Trukikaitis_Postimees, lk 75
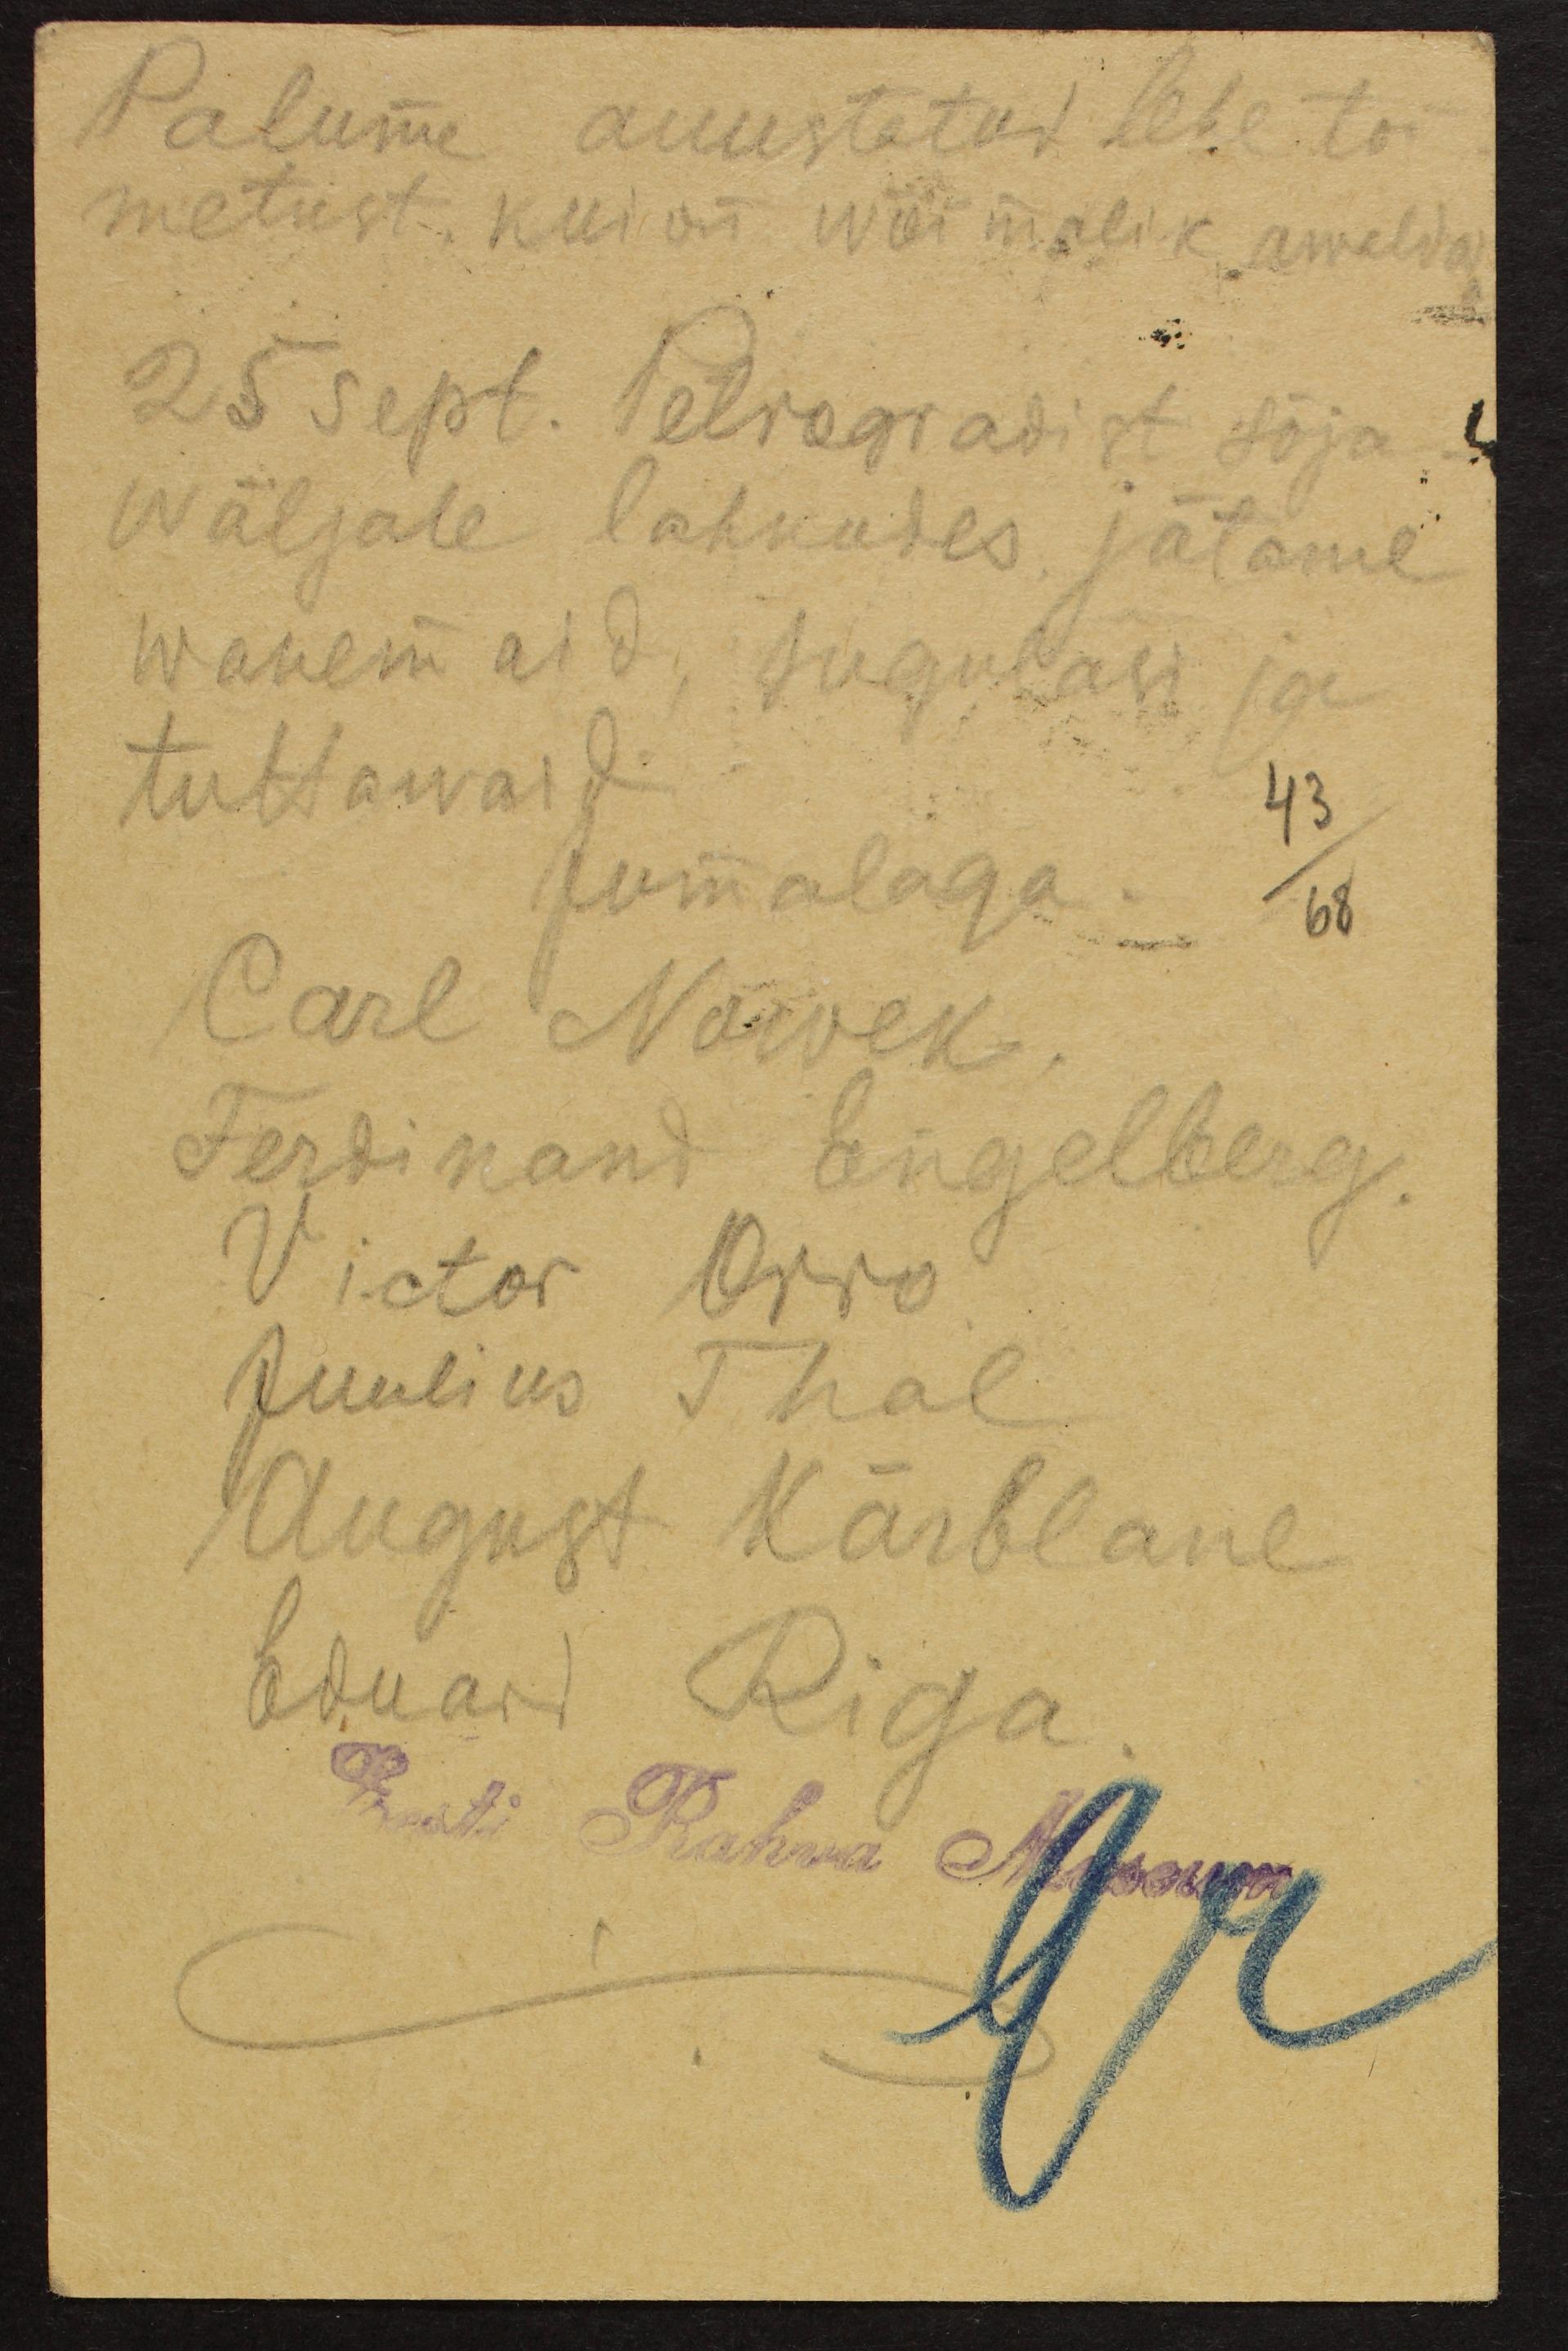
Palume auustatud lehe toi-
metust kui on wõimalik awalda.
25 sept. Petrogradist sõja
wäljale lahkudes jätame
wanemaid, sugulasi ja
tuttawaid
43
Jumalaga 68
Carl Nowek
Ferdinand Engelberg.
Victor Orro
Juulius Thal
August Kärblane
Eduard Riga
Eesti Rahva Museum